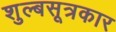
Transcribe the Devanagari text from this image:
शुल्बसूत्रकार